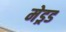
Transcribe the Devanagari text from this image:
मेड्रड